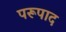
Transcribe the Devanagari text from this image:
परूपाद